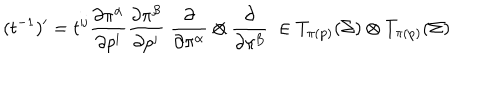
LaTeX: ( t ^ { - 1 } ) ^ { \prime } = t ^ { \mathrm { i j } } { \frac { \partial \pi ^ { \alpha } } { \partial p ^ { \mathrm { i } } } } { \frac { \partial \pi ^ { \beta } } { \partial p ^ { \mathrm { j } } } } \; { \frac { \partial } { \partial \pi ^ { \alpha } } } \otimes { \frac { \partial } { \partial \pi ^ { \beta } } } \; \in T _ { \pi ( \mathrm { p } ) } ( \Sigma ) \otimes T _ { \pi ( \mathrm { p } ) } ( \Sigma )